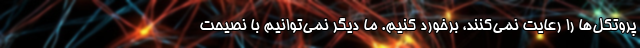
پروتکل‌ها را رعایت نمی‌کنند، برخورد کنیم. ما دیگر نمی‌توانیم با نصیحت